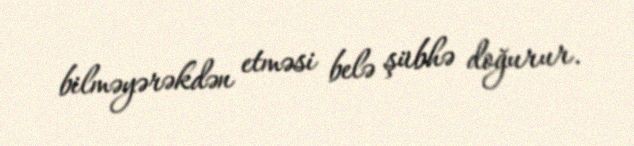
bilməyərəkdən etməsi belə şübhə doğurur.